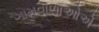
ગામવાળાઓએ